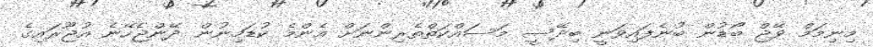
މިނިމަމް ވޭޖް ބޯޑުން ބުނެފައިވަނީ ބިދޭސީ މަސައްކަތްތެރިންނަށް އެންމެ ކުޑަމިނުން ދޭންޖެހޭނެ އުޖޫރައިގެ